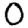
Digit: 0